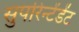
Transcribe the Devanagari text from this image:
सुपरिंन्टेंडेंट